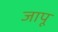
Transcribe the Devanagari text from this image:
जापू